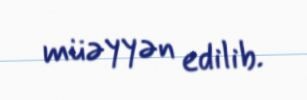
müəyyən edilib.